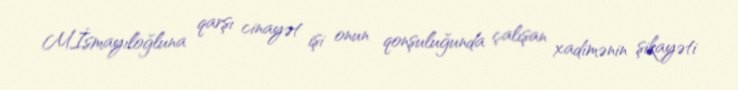
M.İsmayıloğluna qarşı cinayət işi onun qonşuluğunda çalışan xadimənin şikayəti